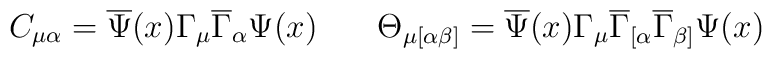
C_{\mu \alpha }=\overline{\Psi }(x)\Gamma _\mu \overline{\Gamma}_\alpha \Psi (x)\hspace{0.3in}\Theta _{\mu [\alpha \beta]}=\overline{\Psi } (x)\Gamma _\mu \overline{\Gamma }_{[\alpha}\overline{\Gamma }_{\beta ]}\Psi (x)